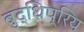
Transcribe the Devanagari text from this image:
बुद्धिप्रिय